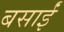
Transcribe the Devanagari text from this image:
बसाईं